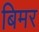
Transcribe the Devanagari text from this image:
बिमर